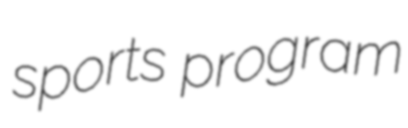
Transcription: sports program